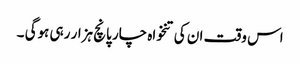
اس وقت ان کی تنخواہ چار پانچ ہزار رہی ہوگی ۔